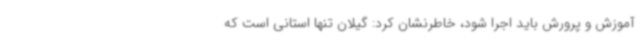
آموزش و پرورش باید اجرا شود، خاطرنشان کرد: گیلان تنها استانی است که